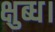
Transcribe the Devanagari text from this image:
क्षुब्ध।